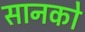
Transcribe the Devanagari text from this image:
सानको